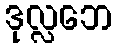
ဒုလ္လဘေ